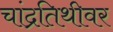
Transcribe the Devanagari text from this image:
चांद्रतिथीवर